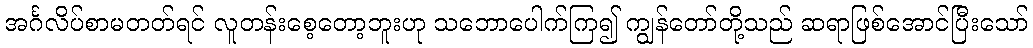
အင်္ဂလိပ်စာမတတ်ရင် လူတန်းစေ့တော့ဘူးဟု သဘောပေါက်ကြ၍ ကျွန်တော်တို့သည် ဆရာဖြစ်အောင်ပြီးသော်